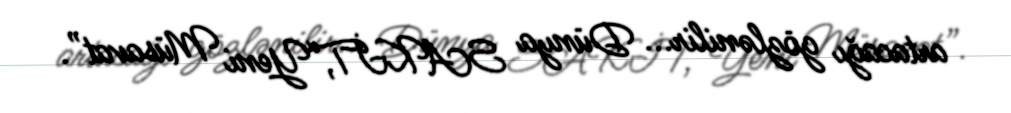
artacağı gözlənilir... Dünya SAKİT,“Yeni Müsavat”.